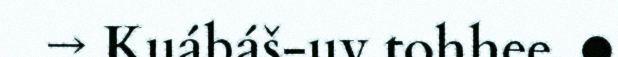
→ Kuábáš-uv tohhee. ●